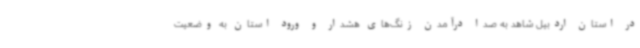
در استان اردبیل شاهد به صدا درآمدن زنگ‌های هشدار و ورود استان به وضعیت